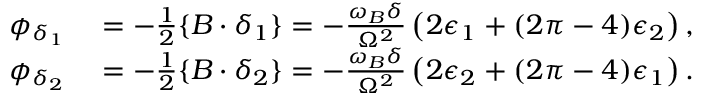
\begin{array} { r l } { \phi _ { \delta _ { 1 } } } & { { } = - \frac { 1 } { 2 } \{ B \cdot \delta _ { 1 } \} = - \frac { \omega _ { B } \delta } { \Omega ^ { 2 } } \left( 2 \epsilon _ { 1 } + ( 2 \pi - 4 ) \epsilon _ { 2 } \right) , } \\ { \phi _ { \delta _ { 2 } } } & { { } = - \frac { 1 } { 2 } \{ B \cdot \delta _ { 2 } \} = - \frac { \omega _ { B } \delta } { \Omega ^ { 2 } } \left( 2 \epsilon _ { 2 } + ( 2 \pi - 4 ) \epsilon _ { 1 } \right) . } \end{array}